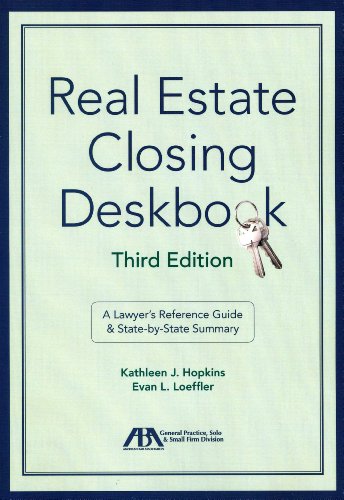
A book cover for Real Estate Closing Deskbook; Kathleen J. Hopkins; Business & Money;